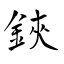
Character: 鋏